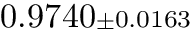
0 . 9 7 4 0 { \scriptstyle \pm 0 . 0 1 6 3 }